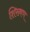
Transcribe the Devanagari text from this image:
शिख्षण